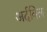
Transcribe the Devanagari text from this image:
अर्दबिल